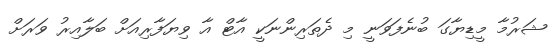
ޝަރުމާ މީޑިޔާގަ ބުނެފަވަނީ މި ދެތަރިންނަކީ އާޓް އާ ވިޔަފާރިއަށް ބަލާއިރު ވަރަށް